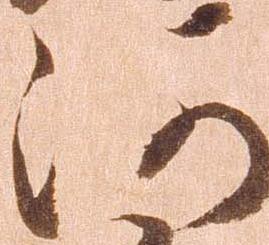
河